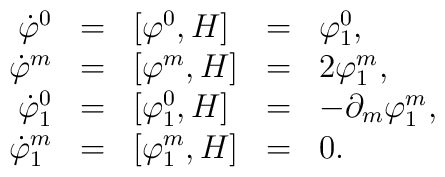
\begin{array}{rclcl}\dot{\varphi}^{0} & = & [ \varphi^{0}, H ] & = & \varphi^{0}_{1} , \\\dot{\varphi}^{m} & = & [ \varphi^{m}, H ] & = & 2\varphi^{m}_{1} , \\\dot{\varphi}^{0}_{1} & = & [ \varphi^{0}_{1}, H ] & = &- \partial_{m}\varphi^{m}_{1} , \\\dot{\varphi}^{m}_{1} & = & [ \varphi^{m}_{1}, H ] & = & 0 .\end{array}